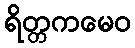
ရိတ္တကမေဝ